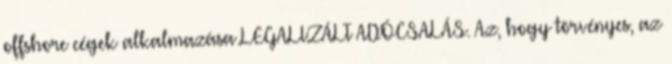
offshore cégek alkalmazása LEGALIZÁLT ADÓCSALÁS. Az, hogy törvényes, az